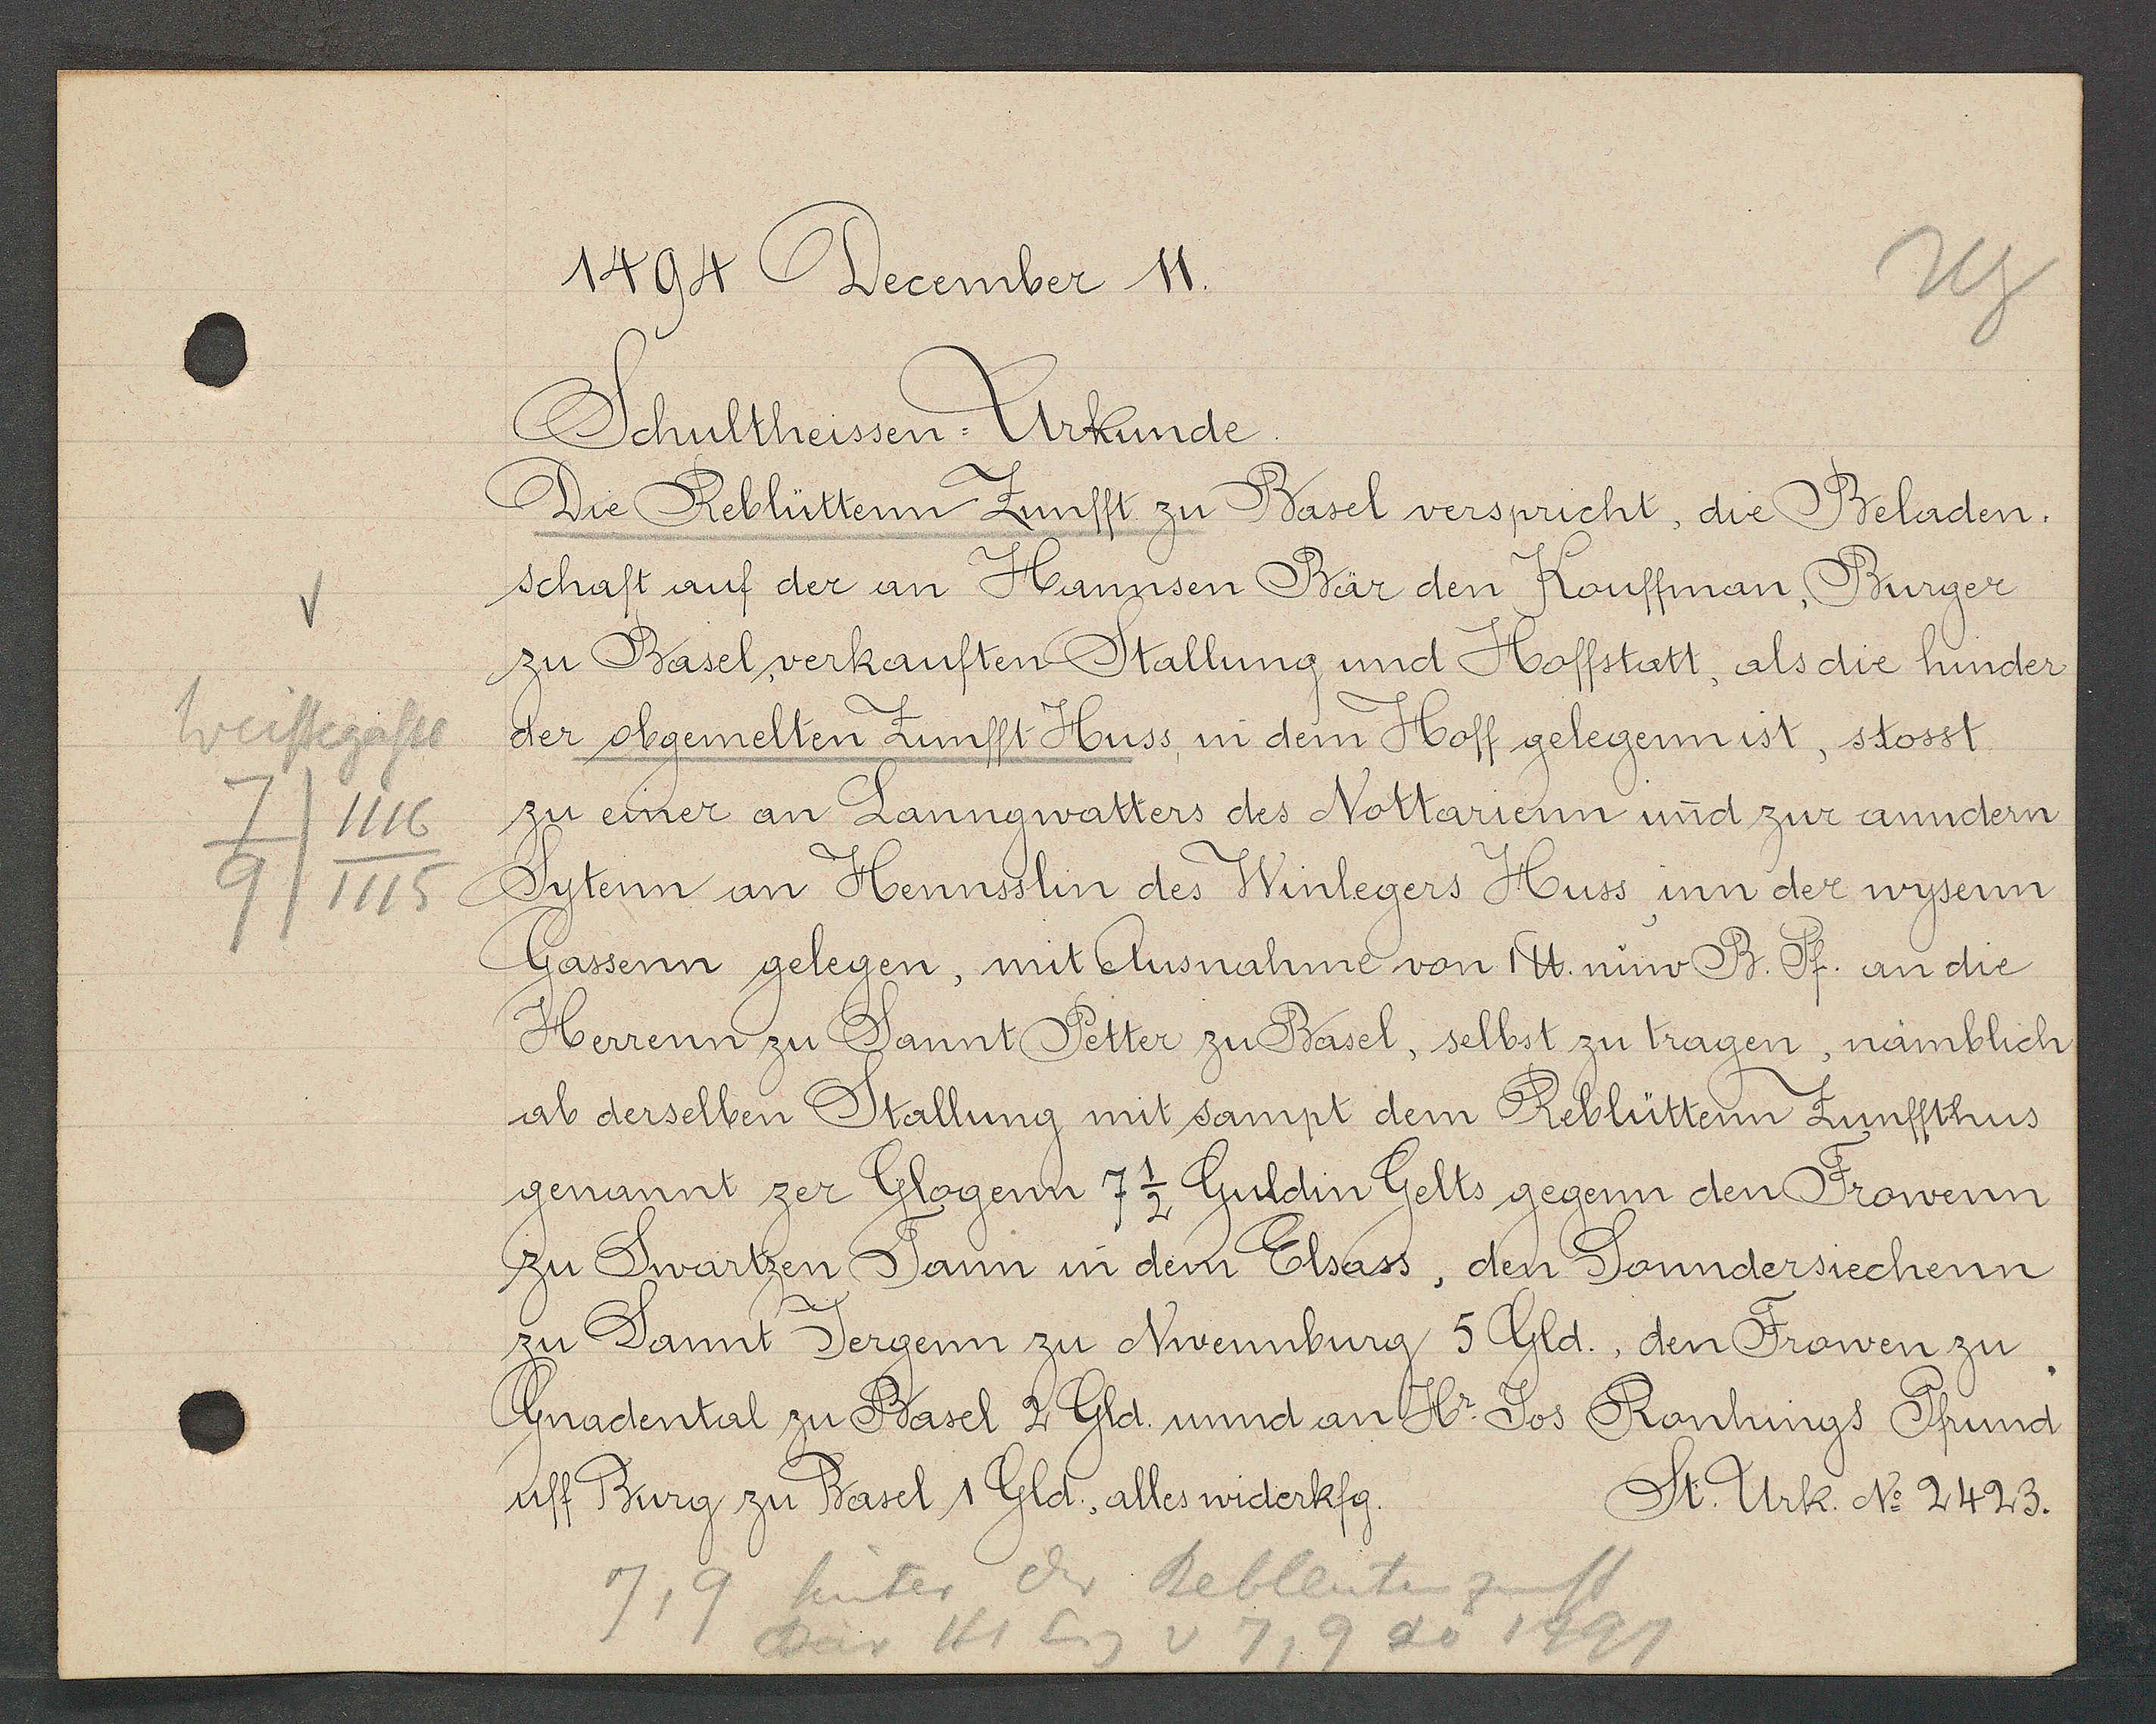
Transcript:
Weissegasse
1116
7
1115
9

1494 December 11.
Schultheissen: Urkunde.
Die Reblüttenn Zunfft zu Basel verspricht, die Beladen.
Schaft auf der an Hannsen Bär den Kouffman, Burger
zu Basel, verkauften Stallung und Hoffstatt, als die hinder
der obgemelten Zunfft-Huss, in dem Hoff gelegenn ist, stosst
zu einer an Lanngwatters des Nottarienn und zur anndern
Sytenn an Hennsslin des Winlegers Huss inn der wysenn
Gassenn gelegen, mit Ausnahme von 1℔. nuw B. Pf. an die
Herrenn zu Sannt Petter zu Basel, selbst zu tragen, nämblich
ab derselben Stallung mit sampt dem Reblütttenn Zunftthus
genannt zer Glogenn 7 ½ Guldin Gelts gegenn den Frowenn
zu Swartzen Tann in dem Elsass, den Sonndersiechenn
zu Sannt Jergenn zu Nuvennburg 5 Gld., den Frowen zu
Gradenntal zu Basel 2 Gld. unnd an H. Jos Ronhings Pfrund
uff Burg zu Basel 1 Gld., alles widerkfg.

St. Urk. No 2423.

7,9 hinter der Reblütenzunft
Bär Hs Eg v 7,9 ao 1497